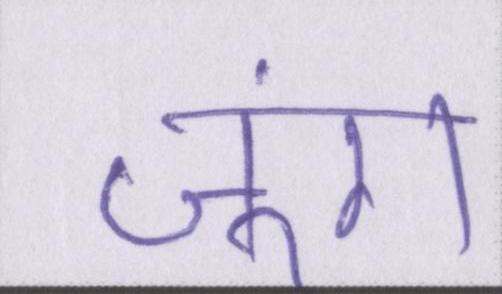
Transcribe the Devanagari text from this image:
जुंग